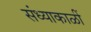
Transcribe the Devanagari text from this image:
संध्याकाळीं